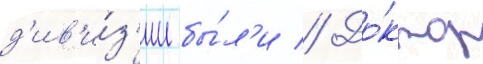
д'ив'и́з'ии бы́л'и // До́ктор